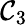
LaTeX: \mathcal{C}_{3}